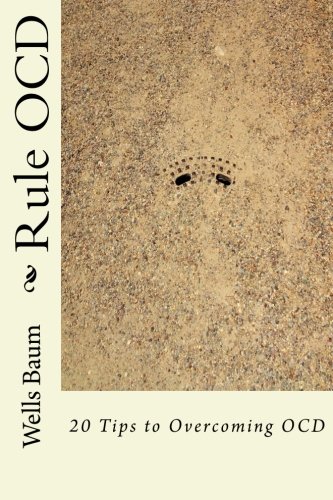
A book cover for Rule OCD: 20 Tips To Overcoming OCD; Wells R Baum; Health, Fitness & Dieting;